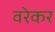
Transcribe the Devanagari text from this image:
वरेकर